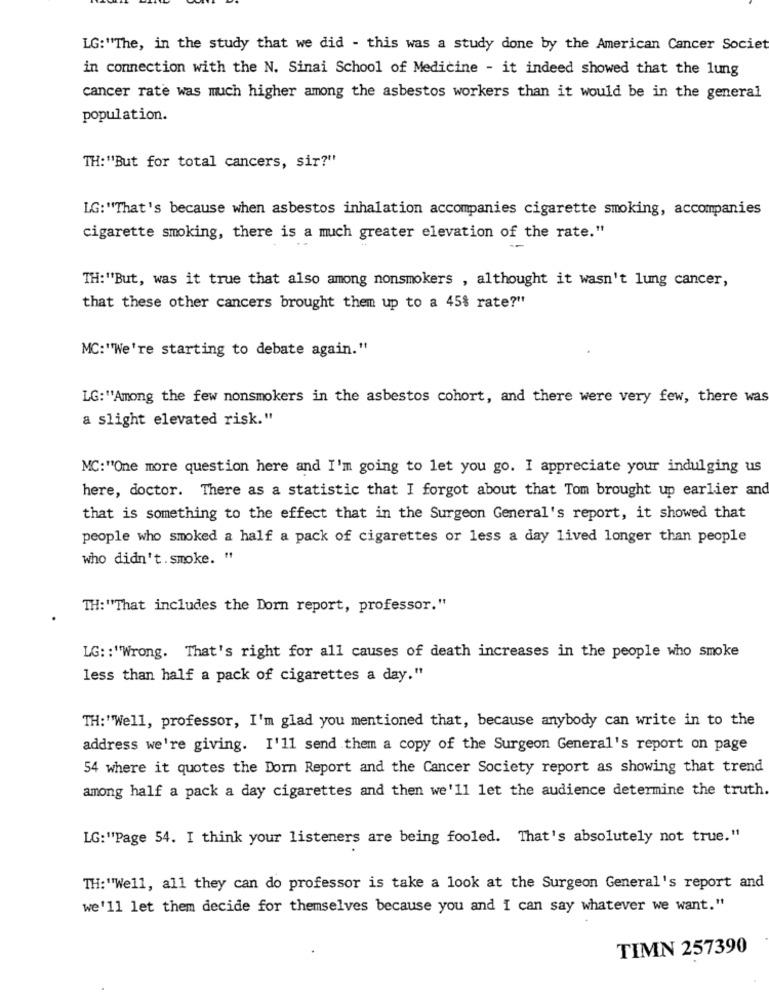
LG:"The, in the study that we did - this was a study done by the American Cancer Societ
in connection with the N. Sinai School of Medicine - it indeed showed that the lung
cancer rate was much higher among the asbestos workers than it would be in the general
population.
TH:"'But for total cancers, sir?"
LG:"That's because when asbestos inhalation accompanies cigarette smoking, accompanies
cigarette smoking, there is a much greater elevation of the rate."
TH:"'But, was it true that also among nonsmokers , althought it wasn't lung cancer,
that these other cancers brought them up to a 45% rate?"
MC:"We're starting to debate again."
LG:"Among the few nonsmokers in the asbestos cohort, and there were very few, there was
a slight elevated risk."
MC:"'One more question here and I'm going to let you go. I appreciate your indulging us
here, doctor. There as a statistic that I forgot about that Tom brought up earlier and
that is something to the effect that in the Surgeon General's report, it showed that
people who smoked a half a pack of cigarettes or less a day lived longer than people
who didn't . smoke. "
TH:"That includes the Dorn report, professor."
LG: : "Wrong. That's right for all causes of death increases in the people who smoke
less than half a pack of cigarettes a day."
TH:"Well, professor, I'm glad you mentioned that, because anybody can write in to the
address we're giving. I'11 send them a copy of the Surgeon General's report on page
54 where it quotes the Dorn Report and the Cancer Society report as showing that trend
among half a pack a day cigarettes and then we'll let the audience determine the truth.
LG:"Page 54. I think your listeners are being fooled. That's absolutely not true."
TH:""Well, all they can do professor is take a look at the Surgeon General's report and
we'll let them decide for themselves because you and I can say whatever we want."
TIMN 257390